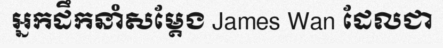
អ្នកដឹកនាំសម្តែង James Wan ដែលជា